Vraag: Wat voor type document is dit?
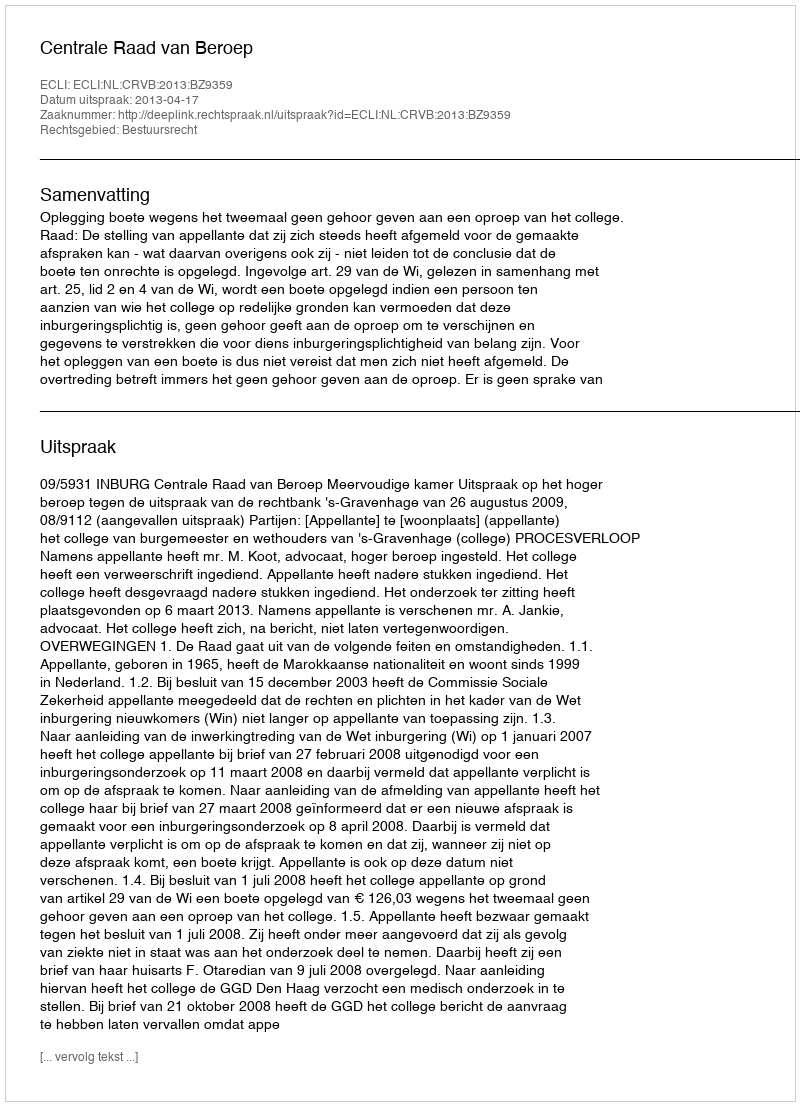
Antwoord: Uitspraak